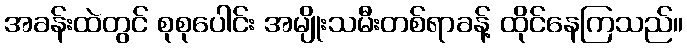
အခန်းထဲတွင် စုစုပေါင်း အမျိုးသမီးတစ်ရာခန့် ထိုင်နေကြသည်။